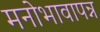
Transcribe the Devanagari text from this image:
मनोभावापन्न